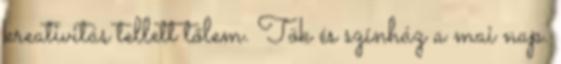
kreativitás tellett tőlem. Tök és színház a mai nap.